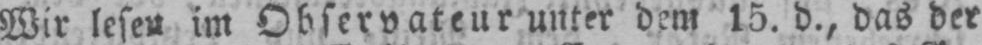
Wir lesen im Observateur unter dem 15. d., das der